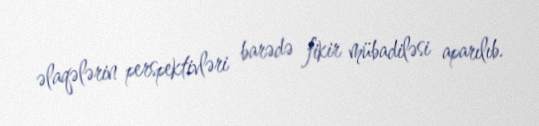
əlaqələrin perspektivləri barədə fikir mübadiləsi aparılıb.